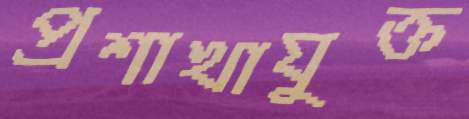
প্রশাখাযুক্ত